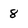
Character: 8